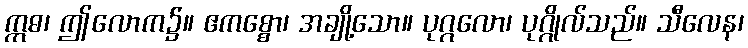
ဣဓ၊ ဤလောက၌။ ဧကစ္စော၊ အချို့သော။ ပုဂ္ဂလော၊ ပုဂ္ဂိုလ်သည်။ သီလေန၊